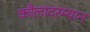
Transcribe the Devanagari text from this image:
कौलादरम्यान